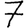
Digit: 7